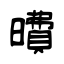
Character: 曊